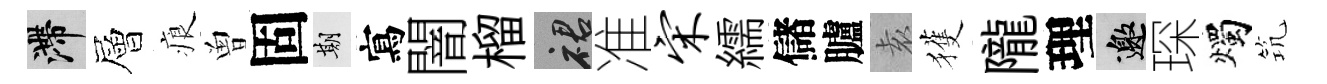
滯層痕曽固期寫闇榴裙准宋繻儲臚𡊮獲隴理邀琛燭𥬑